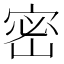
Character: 密